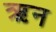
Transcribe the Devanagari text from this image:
ऋन